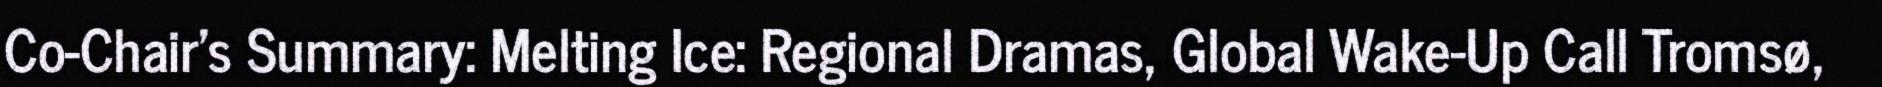
Co-Chair's Summary: Melting Ice: Regional Dramas, Global Wake-Up Call Tromsø,